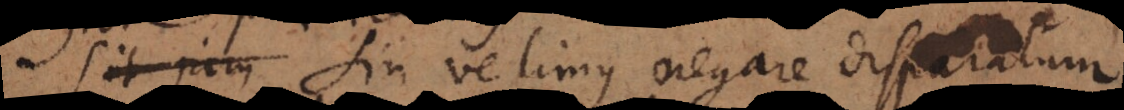
. Sin velimus negare disparatum